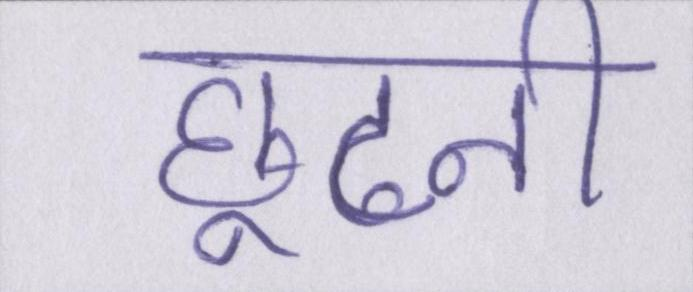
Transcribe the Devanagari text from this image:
छूटनी